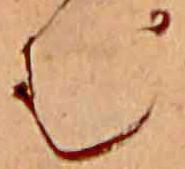
む